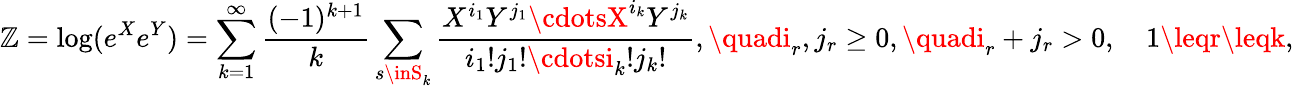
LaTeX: \mathbb{Z}=\log(e^{X}e^{Y})=\sum_{k=1}^{\infty}{\frac{{(-1)^{k+1}}}{{k}}}\sum_{s\inS_{k}}{\frac{{X^{i_{1}}Y^{j_{1}}\cdotsX^{i_{k}}Y^{j_{k}}}}{{i_{1}!j_{1}!\cdotsi_{k}!j_{k}!}}},\quadi_{r},j_{r}\geq0,\quadi_{r}+j_{r}>0,\quad1\leqr\leqk,